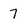
Character: 7